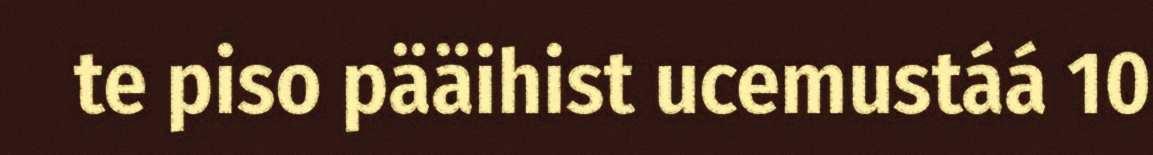
te piso pääihist ucemustáá 10